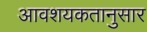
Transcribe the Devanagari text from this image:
आवशयकतानुसार